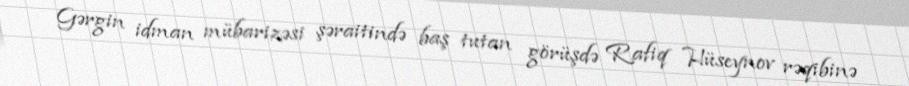
Gərgin idman mübarizəsi şəraitində baş tutan görüşdə Rafiq Hüseynov rəqibinə